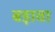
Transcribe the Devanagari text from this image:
बड़ावा